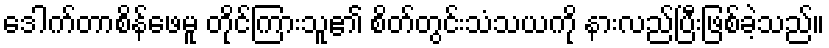
ဒေါက်တာစိန်ဖေမူ တိုင်ကြားသူ၏ စိတ်တွင်းသံသယကို နားလည်ပြီးဖြစ်ခဲ့သည်။